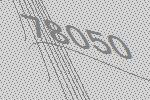
78050